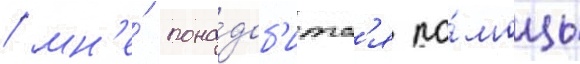
/ мн'е́ пона́доб'итс'я по́мощь